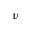
\nu